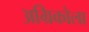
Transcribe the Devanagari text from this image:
अग्रिकोला